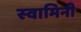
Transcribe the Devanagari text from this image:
स्‍वामिनी